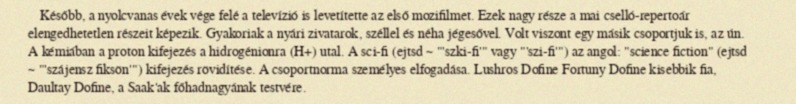
Később, a nyolcvanas évek vége felé a televízió is levetítette az első mozifilmet. Ezek nagy része a mai cselló-repertoár elengedhetetlen részeit képezik. Gyakoriak a nyári zivatarok, széllel és néha jégesővel. Volt viszont egy másik csoportjuk is, az ún. A kémiában a proton kifejezés a hidrogénionra (H+) utal. A sci-fi (ejtsd ~ "'szki-fi'" vagy "'szi-fi'") az angol: "science fiction" (ejtsd ~ "'szájensz fiksön'") kifejezés rövidítése. A csoportnorma személyes elfogadása. Lushros Dofine Fortuny Dofine kisebbik fia, Daultay Dofine, a Saak'ak főhadnagyának testvére.